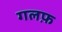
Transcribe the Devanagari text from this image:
गलफ़